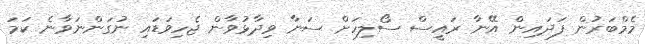
މެމްބަރުން ފަދައިން އޭނާ ރައީސް ސޯލިހަށް ސަނާ ވިދާޅުވާން ޖެހިވަޑައި ނުގަންނަވާނެ ކަމަ